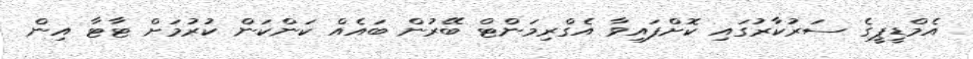
އެމްޑީޕީގެ ސަރުކާރުގައި ކޮށްފައިވާ އެގްރިމަންޓް ބޭރުން ބައެއް ކަންކަން ކުރުމަށް ޓާޓާ އިން